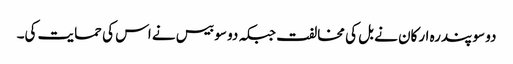
دو سو پندرہ ارکان نے بل کی مخالفت جبکہ دو سو بیس نے اس کی حمایت کی۔